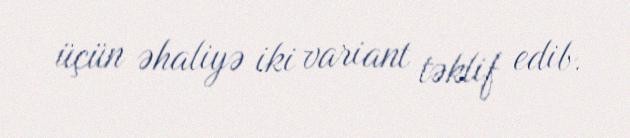
üçün əhaliyə iki variant təklif edib.